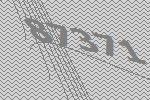
87371